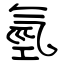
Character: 氫